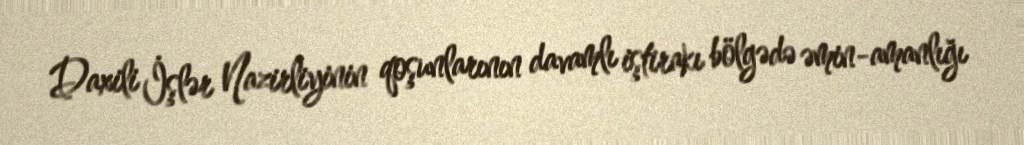
Daxili İşlər Nazirliyinin qoşunlarının davamlı iştirakı bölgədə əmin-amanlığı